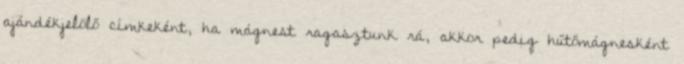
ajándékjelölő címkeként, ha mágnest ragasztunk rá, akkor pedig hűtőmágnesként